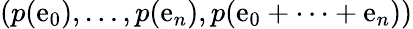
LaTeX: (p(\mathrm{e}_{0}),\ldots,p(\mathrm{e}_{n}),p(\mathrm{e}_{0}+\cdots+\mathrm{e}_{n}))